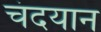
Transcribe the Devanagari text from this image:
चंदयान